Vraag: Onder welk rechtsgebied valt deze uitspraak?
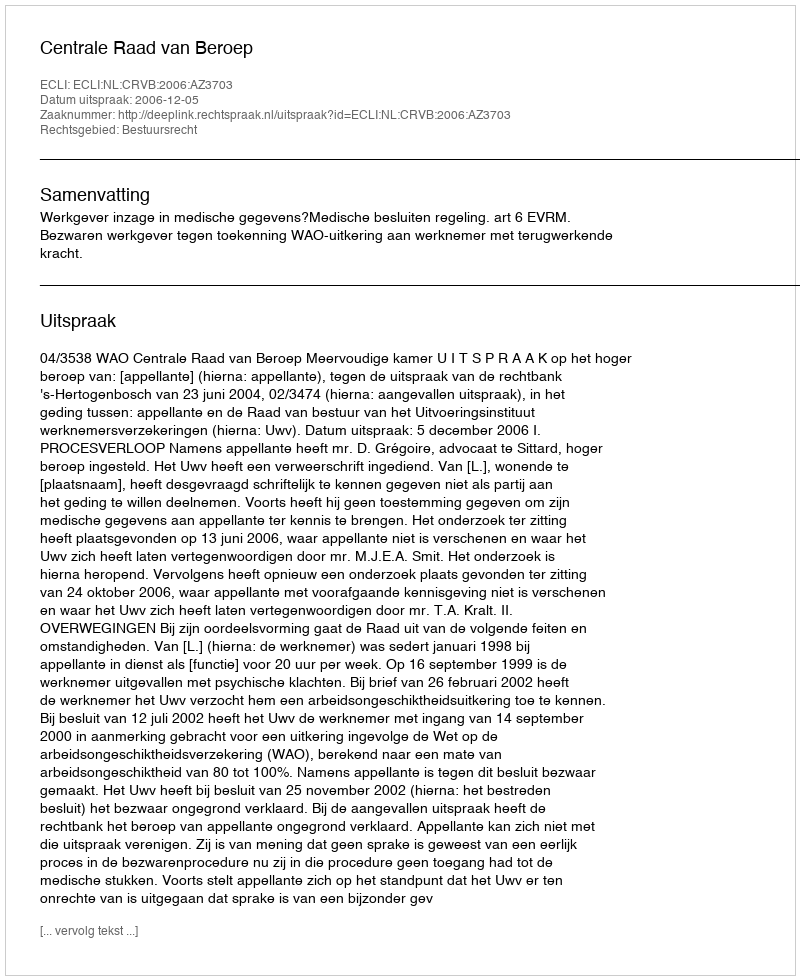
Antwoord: Bestuursrecht